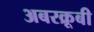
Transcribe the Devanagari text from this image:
अबरक्रूबी